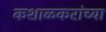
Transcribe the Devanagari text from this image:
कशाळकरांच्या